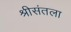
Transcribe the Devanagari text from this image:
श्रीसंतला